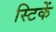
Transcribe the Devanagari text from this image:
स्टिकें